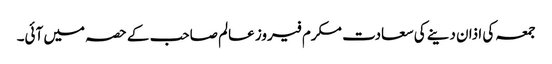
جمعہ کی اذان دینے کی سعادت مکرم فیروز عالم صاحب کے حصہ میں آئی۔